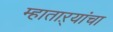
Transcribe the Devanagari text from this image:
म्हाताऱ्यांचा